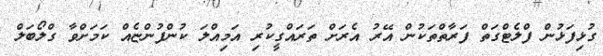
ގުޅިފަޅުން ފްލެޓްގަތް ފަރާތްތަކުން އޭރު އެރަށް ތަރައްގީކުރި އަމިއްލަ ކުންފުންޏެއް ކަމަށްވާ ގްލޯބަލް